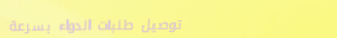
توصيل طلبات الدواء بسرعة